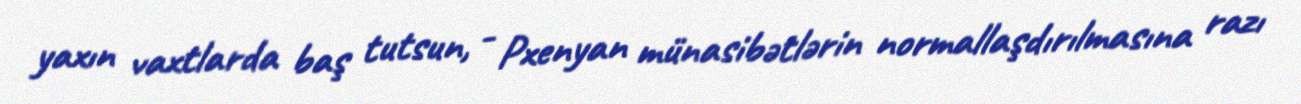
yaxın vaxtlarda baş tutsun, - Pxenyan münasibətlərin normallaşdırılmasına razı